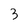
Character: 3